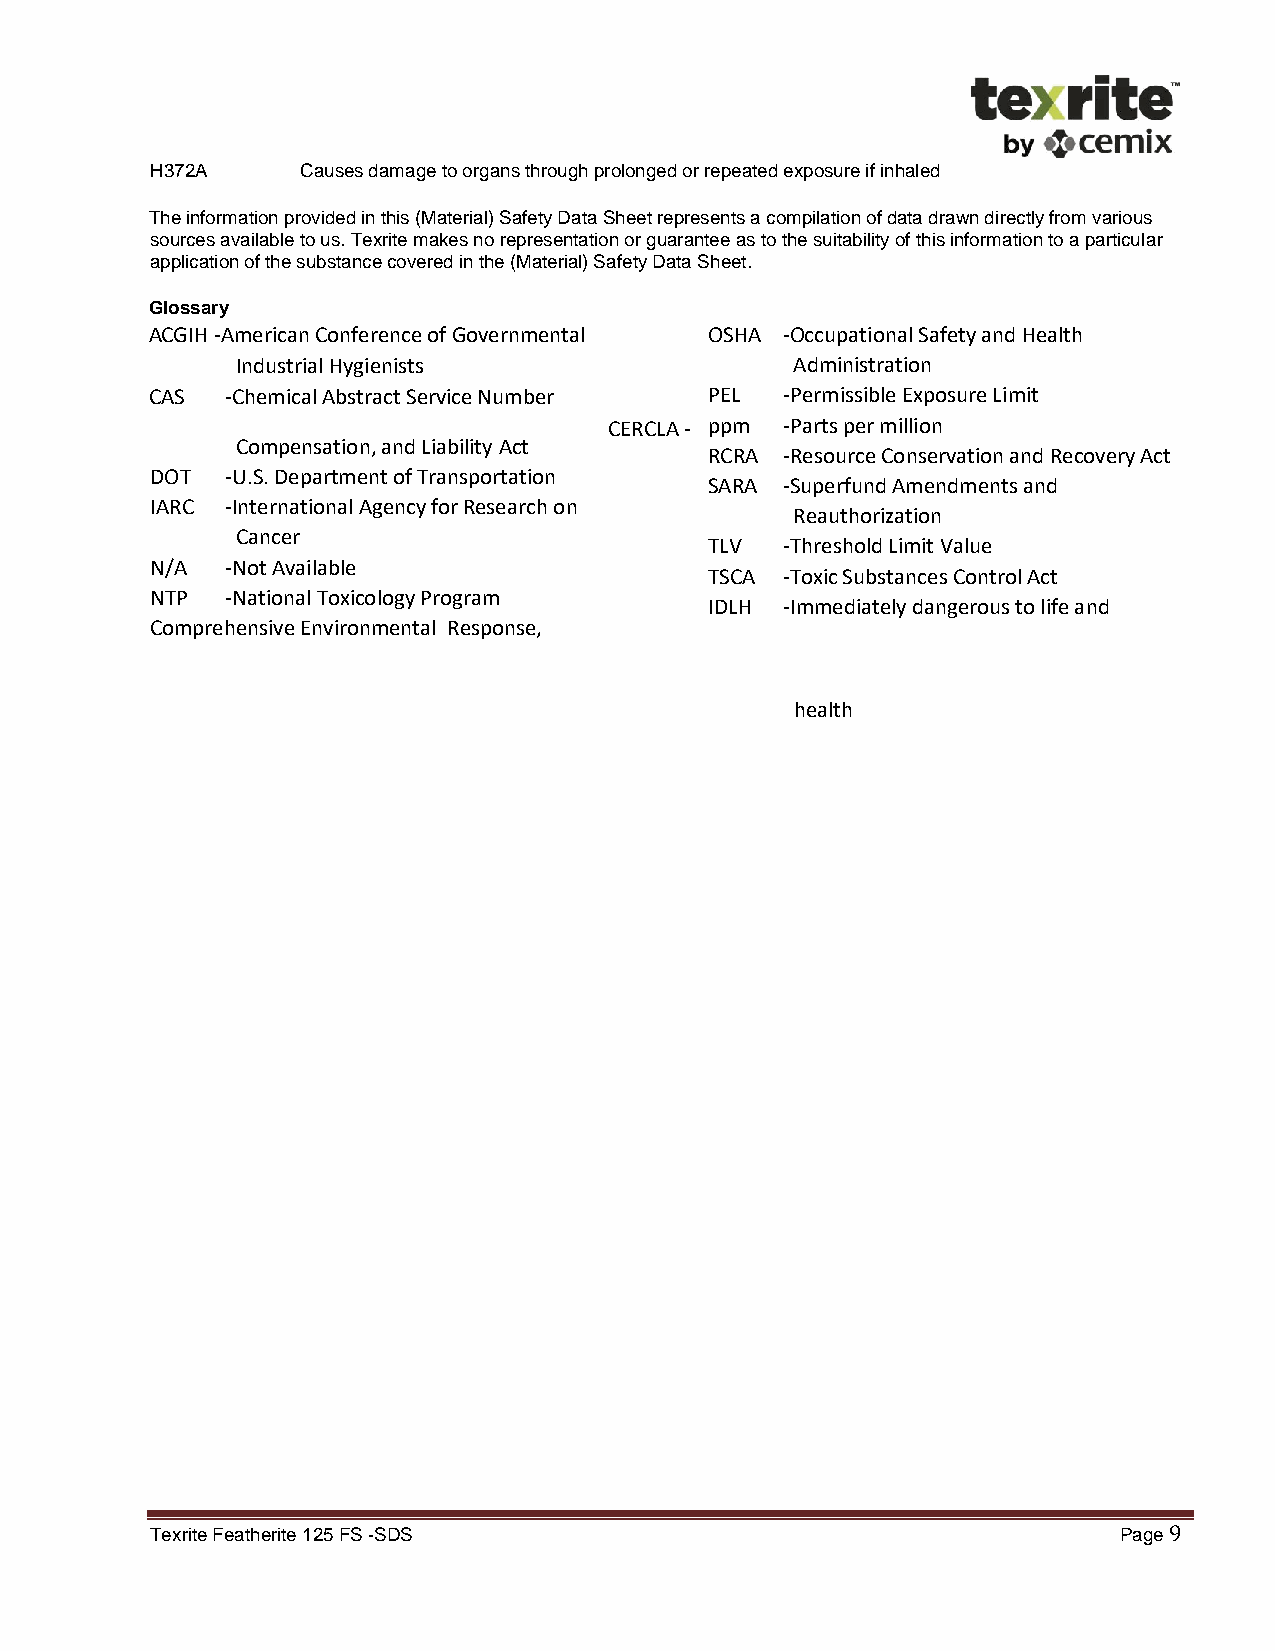
H372A     Causes damage to organs through prolonged or repeated exposure if inhaled
 The information provided in this (Material) Safety Data Sheet represents a compilation of data drawn directly from various
 sources available to us. Texrite makes no representation or guarantee as to the suitability of this information to a particular
 application of the substance covered in the (Material) Safety Data Sheet.
 Glossary
 ACGIH -American Conference of Governmental OSHA -Occupational Safety and Health
 Industrial Hygienists                Administration
 CAS  -Chemical Abstract Service Number PEL -Permissible Exposure Limit
 CERCLA - ppm -Parts per million
 Compensation, and Liability Act
 RCRA -Resource Conservation and Recovery Act
 DOT  -U.S. Department of Transportation
 SARA -Superfund Amendments and
 IARC -International Agency for Research on
 Reauthorization
 Cancer
 TLV  -Threshold Limit Value
 N/A  -Not Available
 TSCA -Toxic Substances Control Act
 NTP  -National Toxicology Program
 IDLH -Immediately dangerous to life and
 Comprehensive Environmental Response,
 health
 Texrite Featherite 125 FS -SDS                                  Page 9